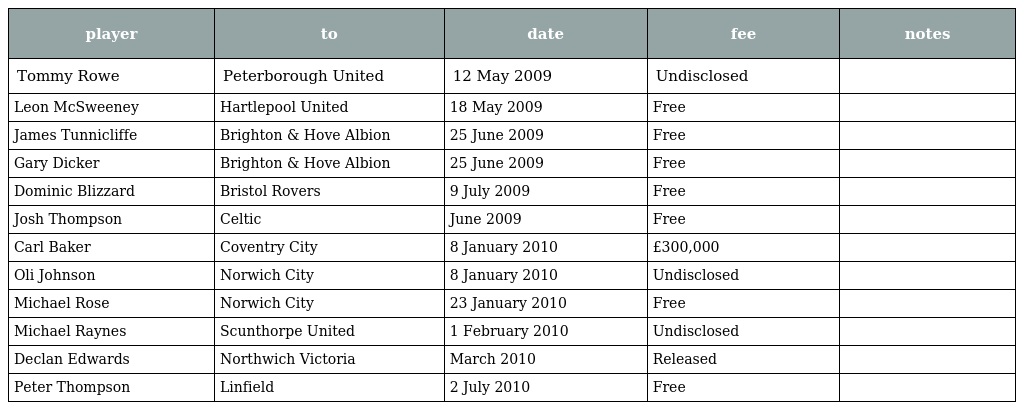
| player | to | date | fee | notes |
 | --- | --- | --- | --- | --- |
 | Tommy Rowe | Peterborough United | 12 May 2009 | Undisclosed |  |
 | Leon McSweeney | Hartlepool United | 18 May 2009 | Free |  |
 | James Tunnicliffe | Brighton & Hove Albion | 25 June 2009 | Free |  |
 | Gary Dicker | Brighton & Hove Albion | 25 June 2009 | Free |  |
 | Dominic Blizzard | Bristol Rovers | 9 July 2009 | Free |  |
 | Josh Thompson | Celtic | June 2009 | Free |  |
 | Carl Baker | Coventry City | 8 January 2010 | £300,000 |  |
 | Oli Johnson | Norwich City | 8 January 2010 | Undisclosed |  |
 | Michael Rose | Norwich City | 23 January 2010 | Free |  |
 | Michael Raynes | Scunthorpe United | 1 February 2010 | Undisclosed |  |
 | Declan Edwards | Northwich Victoria | March 2010 | Released |  |
 | Peter Thompson | Linfield | 2 July 2010 | Free |  |